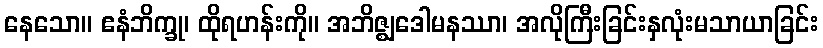
နေသော။ ဧနံဘိက္ခု၊ ထိုရဟန်းကို။ အဘိဇ္ဈဒေါမနဿာ၊ အလိုကြီးခြင်းနှလုံးမသာယာခြင်း